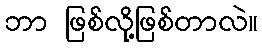
ဘာ ဖြစ်လို့ဖြစ်တာလဲ။